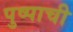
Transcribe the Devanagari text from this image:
पुष्पाची